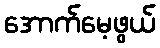
အောက်မေ့ဖွယ်